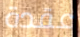
عقدة